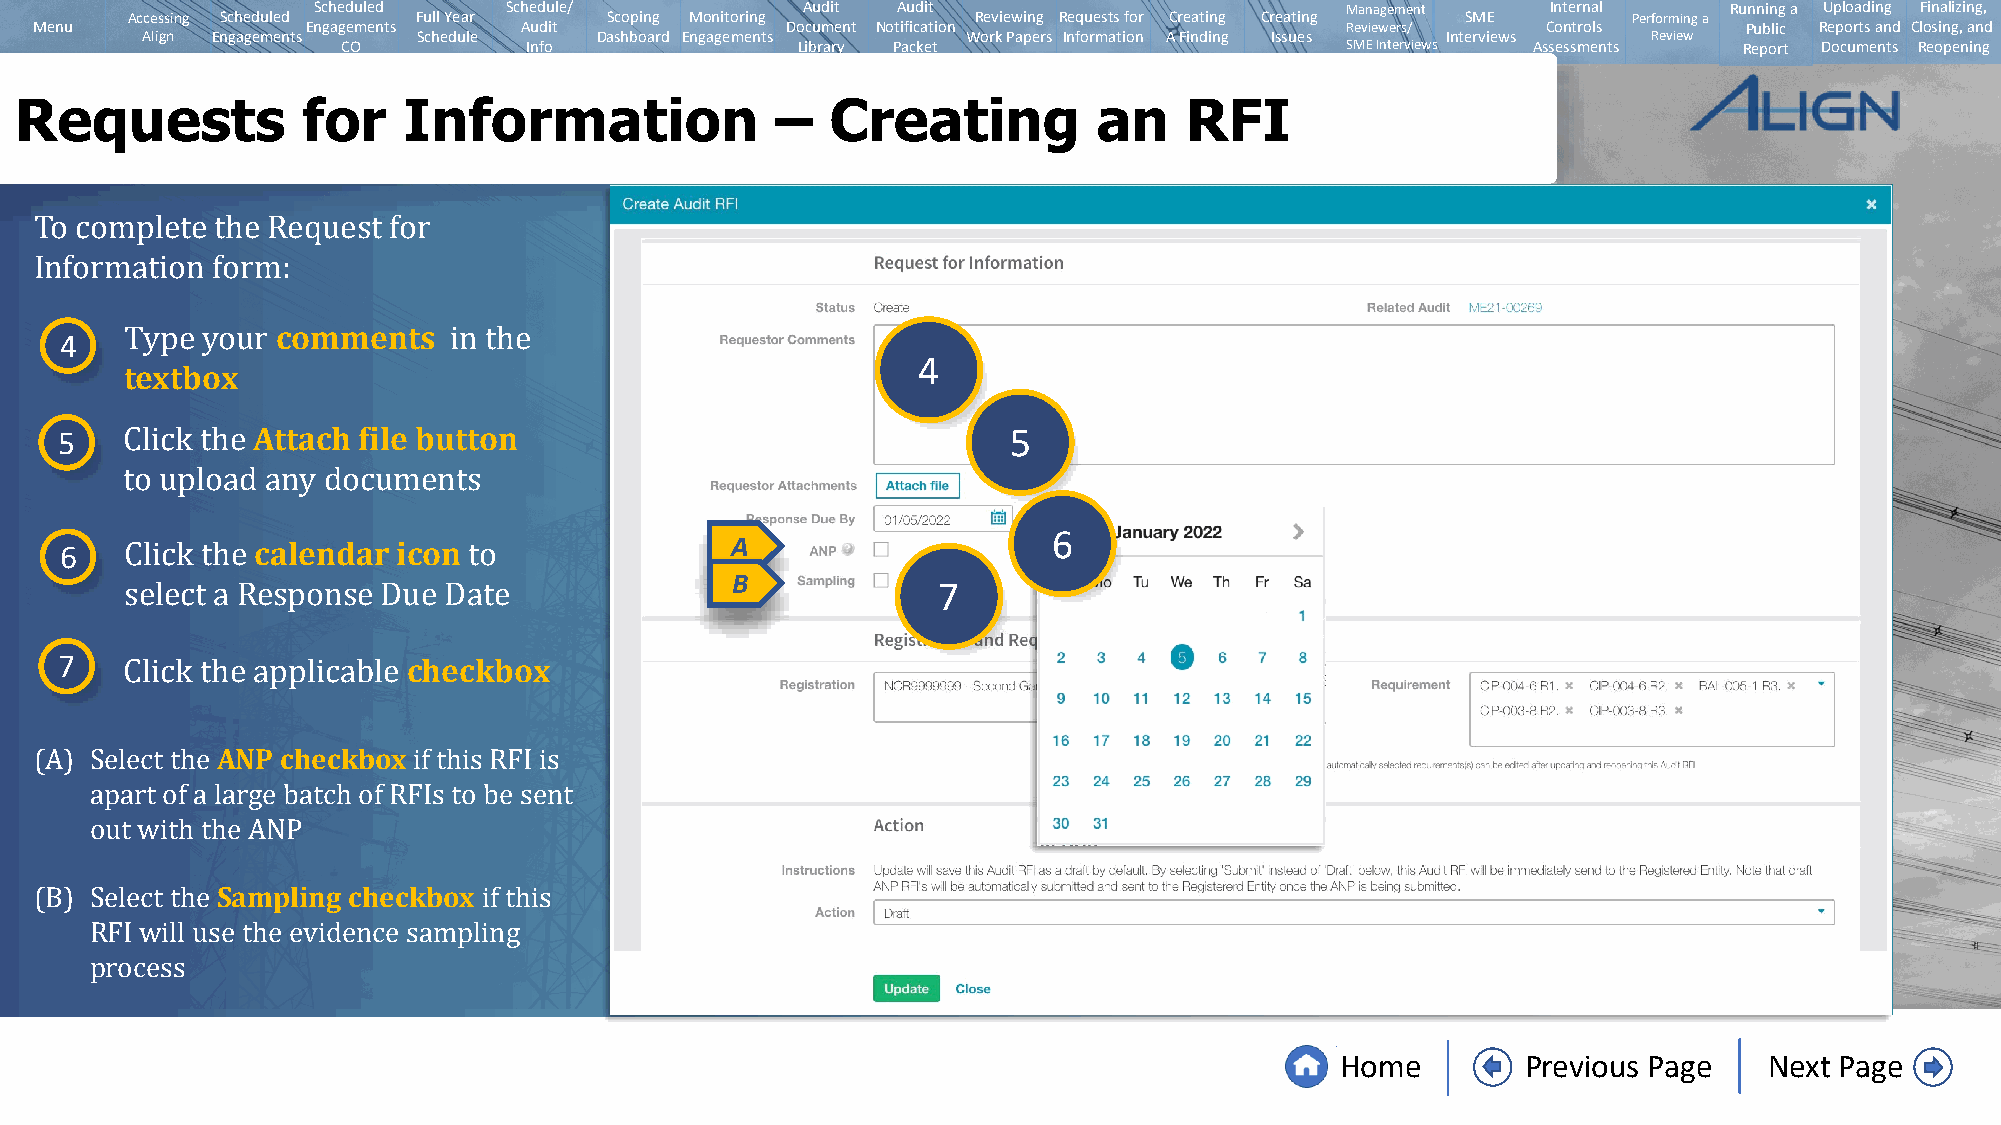
Scheduled   Schedule/           Audit Audit                         Management    Internal   Running a Uploading Finalizing,
 Accessing Scheduled Full Year   Scoping Monitoring       Reviewing Requests for Creating Creating SME Performing a
 Menu              Engagements   Audit             Document Notification                Reviewers/   Controls      Public Reports and Closing, and
 Align Engagements  Schedule   Dashboard Engagements    Work Papers Information A Finding Issues Interviews Review
 CO          Info              Library Packet                      SMEInterviews Assessments Report Documents Reopening
 Requests           for    Information             –   Creating          an   RFI
 To complete the Request for
 Information formc:omments
 4
 4
 textbox
 Type your             in the
 5            Attach file button                                5
 Click the
 6
 6   to uploadc aanleyn ddoacru miceonnts    A
 B
 7
 Click the              to
 7   select a Response Duceh eDcaktebox
 Click the applicable
 ANP  checkbox
 (A) Select the           if this RFI is
 apart of a large batch of RFIs to be sent
 out with thSea mANpPling checkbox
 (B) Select the                if this
 RFI will use the evidence sampling
 process
 Home        Previous Page   Next Page